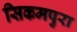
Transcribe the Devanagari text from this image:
सिकमपुरा